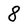
Character: 8